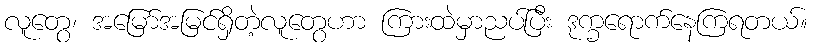
လူတွေ၊ အမြော်အမြင်ရှိတဲ့လူတွေဟာ ကြားထဲမှာညပ်ပြီး ဒုက္ခရောက်နေကြရတယ်။